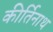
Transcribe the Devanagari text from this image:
कीर्तिनाथ